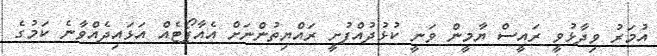
އުމަރު ވިދާޅުވީ ރައީސް ޔާމީން ވަނީ ކުޅުދުއްފުށީ ރައްޔިތުންނަށް އެއާޕޯޓެއް އަޅައިދެއްވާނެ ކަމުގެ